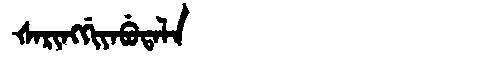
Manchu: ᡧᠠᡵᡳᠩᡤᡳᠶᠠᠪᡠᡨᠠᠯᠠ
Romanization: ŠARINGGIYABUTALA